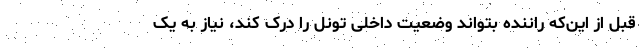
قبل از این‌که راننده بتواند وضعیت داخلی تونل را درک کند، نیاز به یک